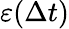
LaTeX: \varepsilon(\Delta t)